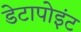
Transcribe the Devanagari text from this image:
डेटापोइंट